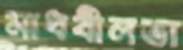
মাধবীলতা